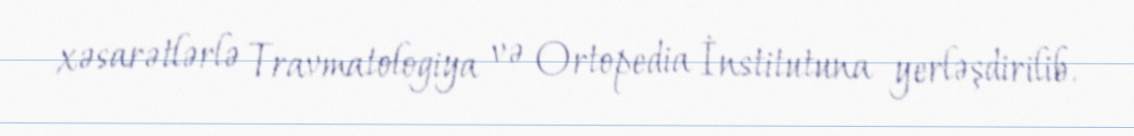
xəsarətlərlə Travmatologiya və Ortopedia İnstitutuna yerləşdirilib.